Plague in India, 1896, 1897 - Volume 2
Year: 1896
Disease focus: Plague
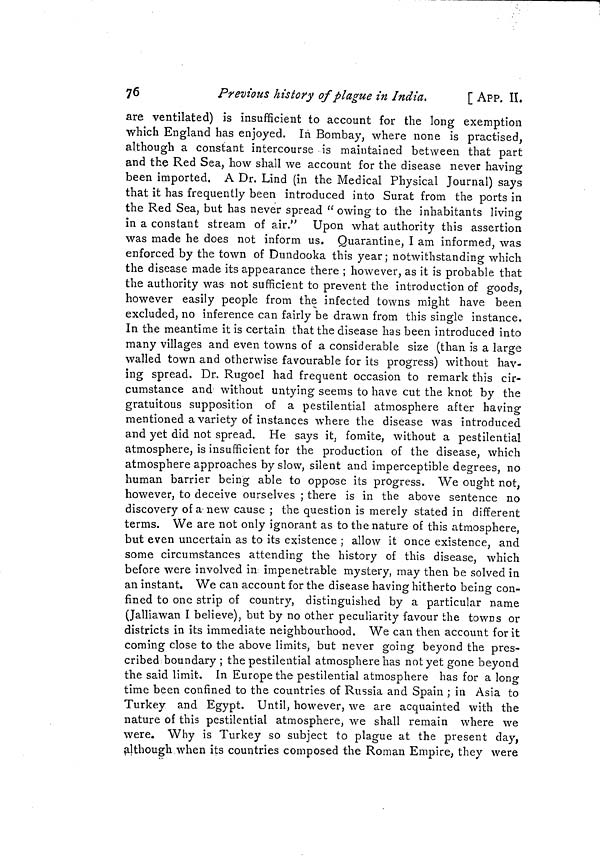
76
Previous history of plague in India.
[ APP. II.
are ventilated) is insufficient to account for the long exemption
which England has enjoyed. In Bombay, where none is practised,
although a constant intercourse is maintained between that part
and the Red Sea, how shall we account for the disease never having
been imported. A Dr. Lind (in the Medical Physical Journal) says
that it has frequently been introduced into Surat from the ports in
the Red Sea, but has never spread "owing to the inhabitants living
in a constant stream of air." Upon what authority this assertion
was made he does not inform us. Quarantine, I am informed, was
enforced by the town of Dundooka this year; notwithstanding which
the disease made its appearance there ; however, as it is probable that
the authority was not sufficient to prevent the introduction of goods,
however easily people from the infected towns might have been
excluded, no inference can fairly be drawn from this single instance.
In the meantime it is certain that the disease has been introduced into
many villages and even towns of a considerable size (than is a large
walled town and otherwise favourable for its progress) without hav-
ing spread. Dr. Rugoel had frequent occasion to remark this cir-
cumstance and without untying seems to have cut the knot by the
gratuitous supposition of a pestilential atmosphere after having
mentioned a variety of instances where the disease was introduced
and yet did not spread. He says it, fomite, without a pestilential
atmosphere, is insufficient for the production of the disease, which
atmosphere approaches by slow, silent and imperceptible degrees, no
human barrier being able to oppose its progress. We ought not,
however, to deceive ourselves ; there is in the above sentence no
discovery of a new cause ; the question is merely stated in different
terms. We are not only ignorant as to the nature of this atmosphere,
but even uncertain as to its existence ; allow it once existence, and
some circumstances attending the history of this disease, which
before were involved in impenetrable mystery, may then be solved in
an instant. We can account for the disease having hitherto being con-
fined to one strip of country, distinguished by a particular name
(Jalliawan I believe), but by no other peculiarity favour the towns or
districts in its immediate neighbourhood. We can then account for it
coming close to the above limits, but never going beyond the pres-
cribed boundary; the pestilential atmosphere has not yet gone beyond
the said limit. In Europe the pestilential atmosphere has for a long
time been confined to the countries of Russia and Spain ; in Asia to
Turkey and Egypt. Until, however, we are acquainted with the
nature of this pestilential atmosphere, we shall remain where we
were. Why is Turkey so subject to plague at the present day,
although when its countries composed the Roman Empire, they were